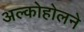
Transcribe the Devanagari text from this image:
अल्कोहोलने